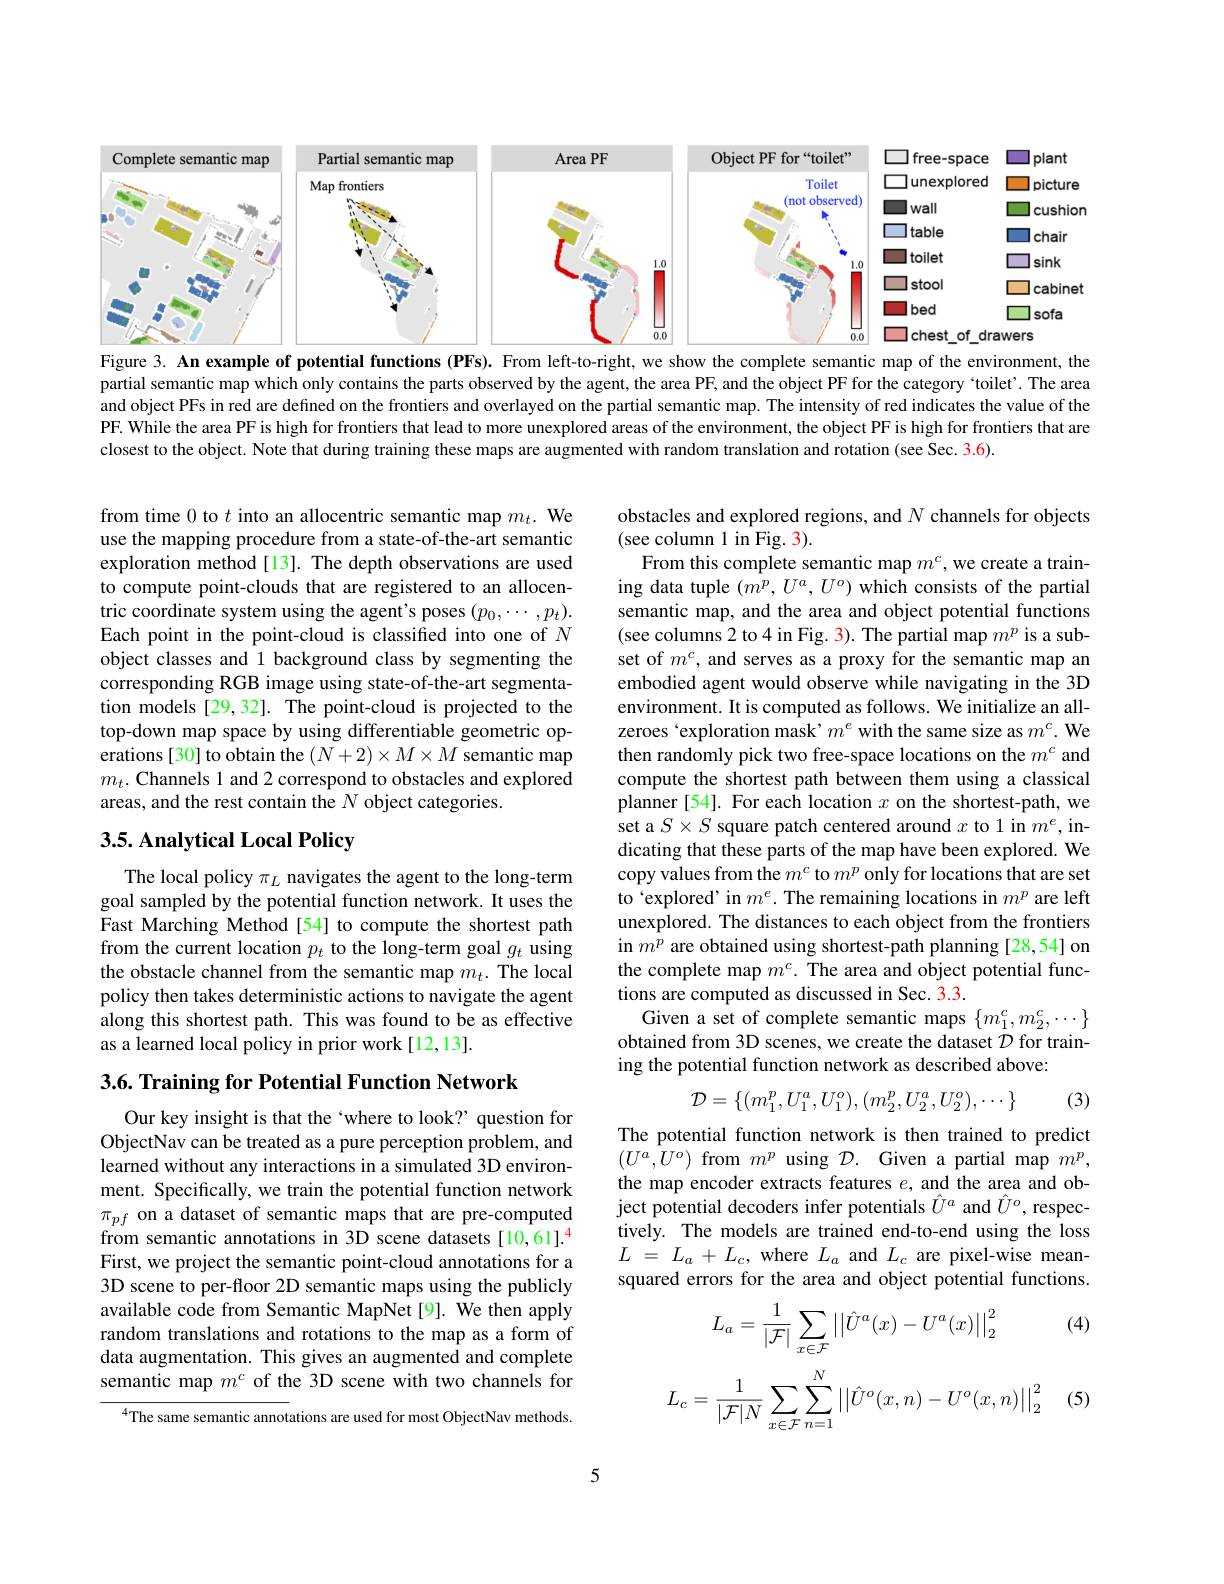
<FigureHere>
Figure 3. An example of potential functions (PFs). From left-to-right, we show the complete semantic map of the environment, the

partial semantic map which only contains the parts observed by the agent, the area PF, and the object PF for the category `toilet'. The area and object PFs in red are defined on the frontiers and overlayed on the partial semantic map. The intensity of red indicates the value of the PF. While the area PF is high for frontiers that lead to more unexplored areas of the environment, the object PF is high for frontiers that are closest to the object. Note that during training these maps are augmented with random translation and rotation (see Sec. 3.6).

from time 0 to $t$ into an allocentric semantic map $m_t.$ We use the mapping procedure from a state-of-the-art semantic exploration method[13]. The depth observations are used to compute point-clouds that are registered to an allocentric coordinate system using the agent's poses $(p_0,\cdots,p_t).$ Each point in the point-cloud is classified into one of $N$ object classes and 1 background class by segmenting the corresponding RGB image using state-of-the-art segmentation models[29,32]. The point-cloud is projected to the top-down map space by using differentiable geometric operations[30] to obtain the $(N+2)\times M\times M$ semantic map $m_t. \textbf{Channels 1 and 2 correspond to obstacles and explored}$ areas, and the rest contain the $N$ object categories.

obstacles and explored regions, and $N$ channels for objects
(see column 1 in Fig. 3).
From this complete semantic map $m^c$,we create a training data tuple $(m^p,U^a,U^o)$ which consists of the partial semantic map, and the area and object potential functions (see columns 2 to 4 in Fig. 3). The partial map $m^p$ is a subset of $m^c$, and serves as a proxy for the semantic map an embodied agent would observe while navigating in the 3D environment. It is computed as follows. We initialize an allzeroes `exploration mask' $m^e$ with the same size as $m^c.$ We then randomly pick two free-space locations on the $m^c$ and compute the shortest path between them using a classical planner [54]. For each location $x$ on the shortest-path, we set a $S\times S$ square patch centered around $x$ to 1 in $m^e$,indicating that these parts of the map have been explored. We copy values from the $m^c$ to $m^p$ only for locations that are set to 'explored' in $m^e.$ The remaining locations in $m^p$ are left unexplored. The distances to each object from the frontiers in $m^p$ are obtained using shortest-path planning [28,54] on the complete map $m^c.$ The area and object potential functions are computed as discussed in Sec. 3.3.
Given a set of complete semantic maps $\{m_1^c,m_2^c,\cdots\}$ obtained from 3D scenes, we create the dataset $\mathcal{D}$ for training the potential function network as described above:
$$\mathcal{D}=\{(m_1^p,U_1^a,U_1^o),(m_2^p,U_2^a,U_2^o),\cdots\}$$
(3)

## 3.5. Analytical Local Policy

The local policy $\pi_L$ navigates the agent to the long-term goal sampled by the potential function network. It uses the Fast Marching Method[54] to compute the shortest path from the current location $p_t$ to the long-term goal $g_t$ using the obstacle channel from the semantic map $m_t.$ The local policy then takes deterministic actions to navigate the agent along this shortest path. This was found to be as effective as a learned local policy in prior work [12,13].

3.6. Training for Potential Function Network

The potential function network is then trained to predict $(U^a,U^o)$ from $m^p$ using $\mathcal{D}.$ Given a partial map $m^p$, the map encoder extracts features $e$, and the area and object potential decoders infer potentials $\hat{U}^a$ and $\hat{U}^o$, respectively. The models are trained end-to-end using the loss $L$ = $L_a$ + $L_c$, where $L_a$ and $L_c$ are pixel-wise meansquared errors for the area and object potential functions.

Our key insight is that the 'where to look? question for ObjectNav can be treated as a pure perception problem, and learned without any interactions in a simulated 3D environment. Specifically, we train the potential function network $\pi_{pf}$ on a dataset of semantic maps that are pre-computed from semantic annotations in 3D scene datasets [10,61].$^{4}$ First, we project the semantic point-cloud annotations for a 3D scene to per-floor 2D semantic maps using the publicly available code from Semantic MapNet[9]. We then apply random translations and rotations to the map as a form of data augmentation. This gives an augmented and complete semantic map $m^c$ of the 3D scene with two channels for

(4)
$$L_a=\frac{1}{|\mathcal{F}|}\sum_{x\in\mathcal{F}}\left|\left|\hat{U}^a(x)-U^a(x)\right|\right|_2^2$$
$$L_c=\frac{1}{|\mathcal{F}|N}\sum\limits_{x\in\mathcal{F}}\sum\limits_{n=1}^N\left|\left|\hat{U}^o(x,n)-U^o(x,n)\right|\right|_2^2$$
(5)

$^{4}$The same semantic annotations are used for most ObjectNav methods.

5